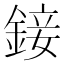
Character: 𨨧